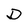
Character: D